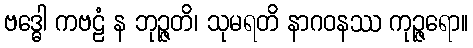
ဗဒ္ဓေါ ကဗဠံ န ဘုဉ္ဇတိ၊ သုမရတိ နာဂဝနဿ ကုဉ္ဇရော။